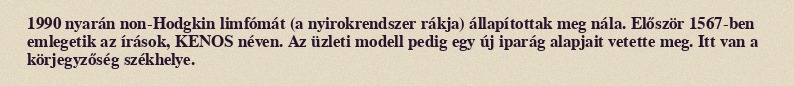
1990 nyarán non-Hodgkin limfómát (a nyirokrendszer rákja) állapítottak meg nála. Először 1567-ben emlegetik az írások, KENOS néven. Az üzleti modell pedig egy új iparág alapjait vetette meg. Itt van a körjegyzőség székhelye.